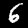
Label: 6